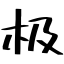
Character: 极